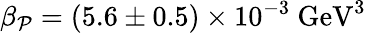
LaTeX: \beta_{\mathcal{P}}=(5.6\pm0.5)\times10^{-3}~\mathrm{{GeV}}^{3}